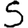
Digit: 5